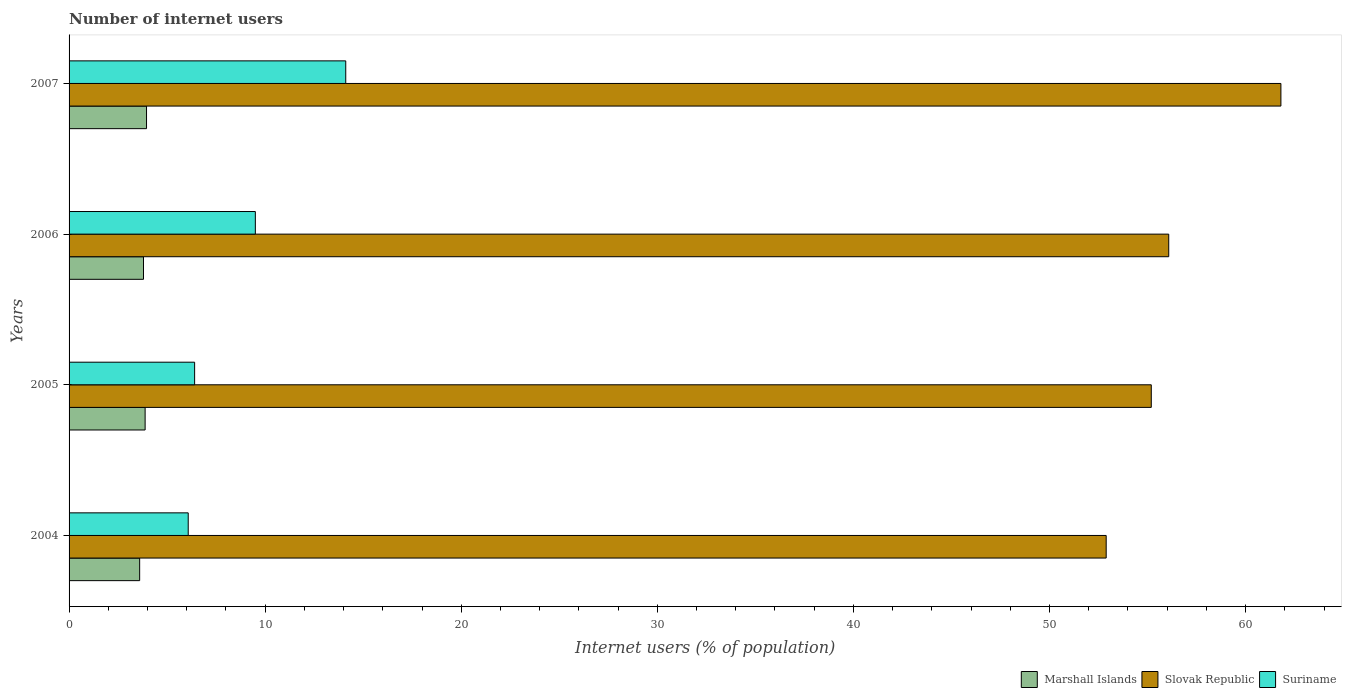
| Years | Marshall Islands | Slovak Republic | Suriname |
 | --- | --- | --- | --- |
 | 2004 | 3.6 | 52.9 | 6.08 |
 | 2005 | 3.88 | 55.2 | 6.4 |
 | 2006 | 3.8 | 56.1 | 9.5 |
 | 2007 | 3.95 | 61.8 | 14.1 |